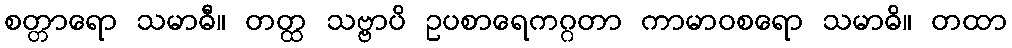
စတ္တာရော သမာဓီ။ တတ္ထ သဗ္ဗာပိ ဥပစာရေကဂ္ဂတာ ကာမာဝစရော သမာဓိ။ တထာ